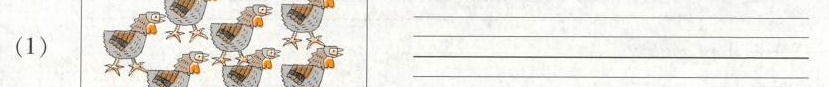
（1）___